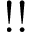
! !